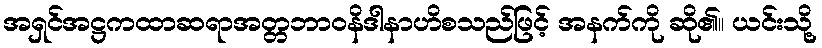
အရှင်အဋ္ဌကထာဆရာအတ္တဘာဝနိဒါနာဟိစသည်ဖြင့် အနက်ကို ဆို၏။ ယင်းသို့